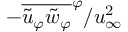
- \overline { { \tilde { u } _ { \varphi } \tilde { w } _ { \varphi } } } ^ { \varphi } / u _ { \infty } ^ { 2 }